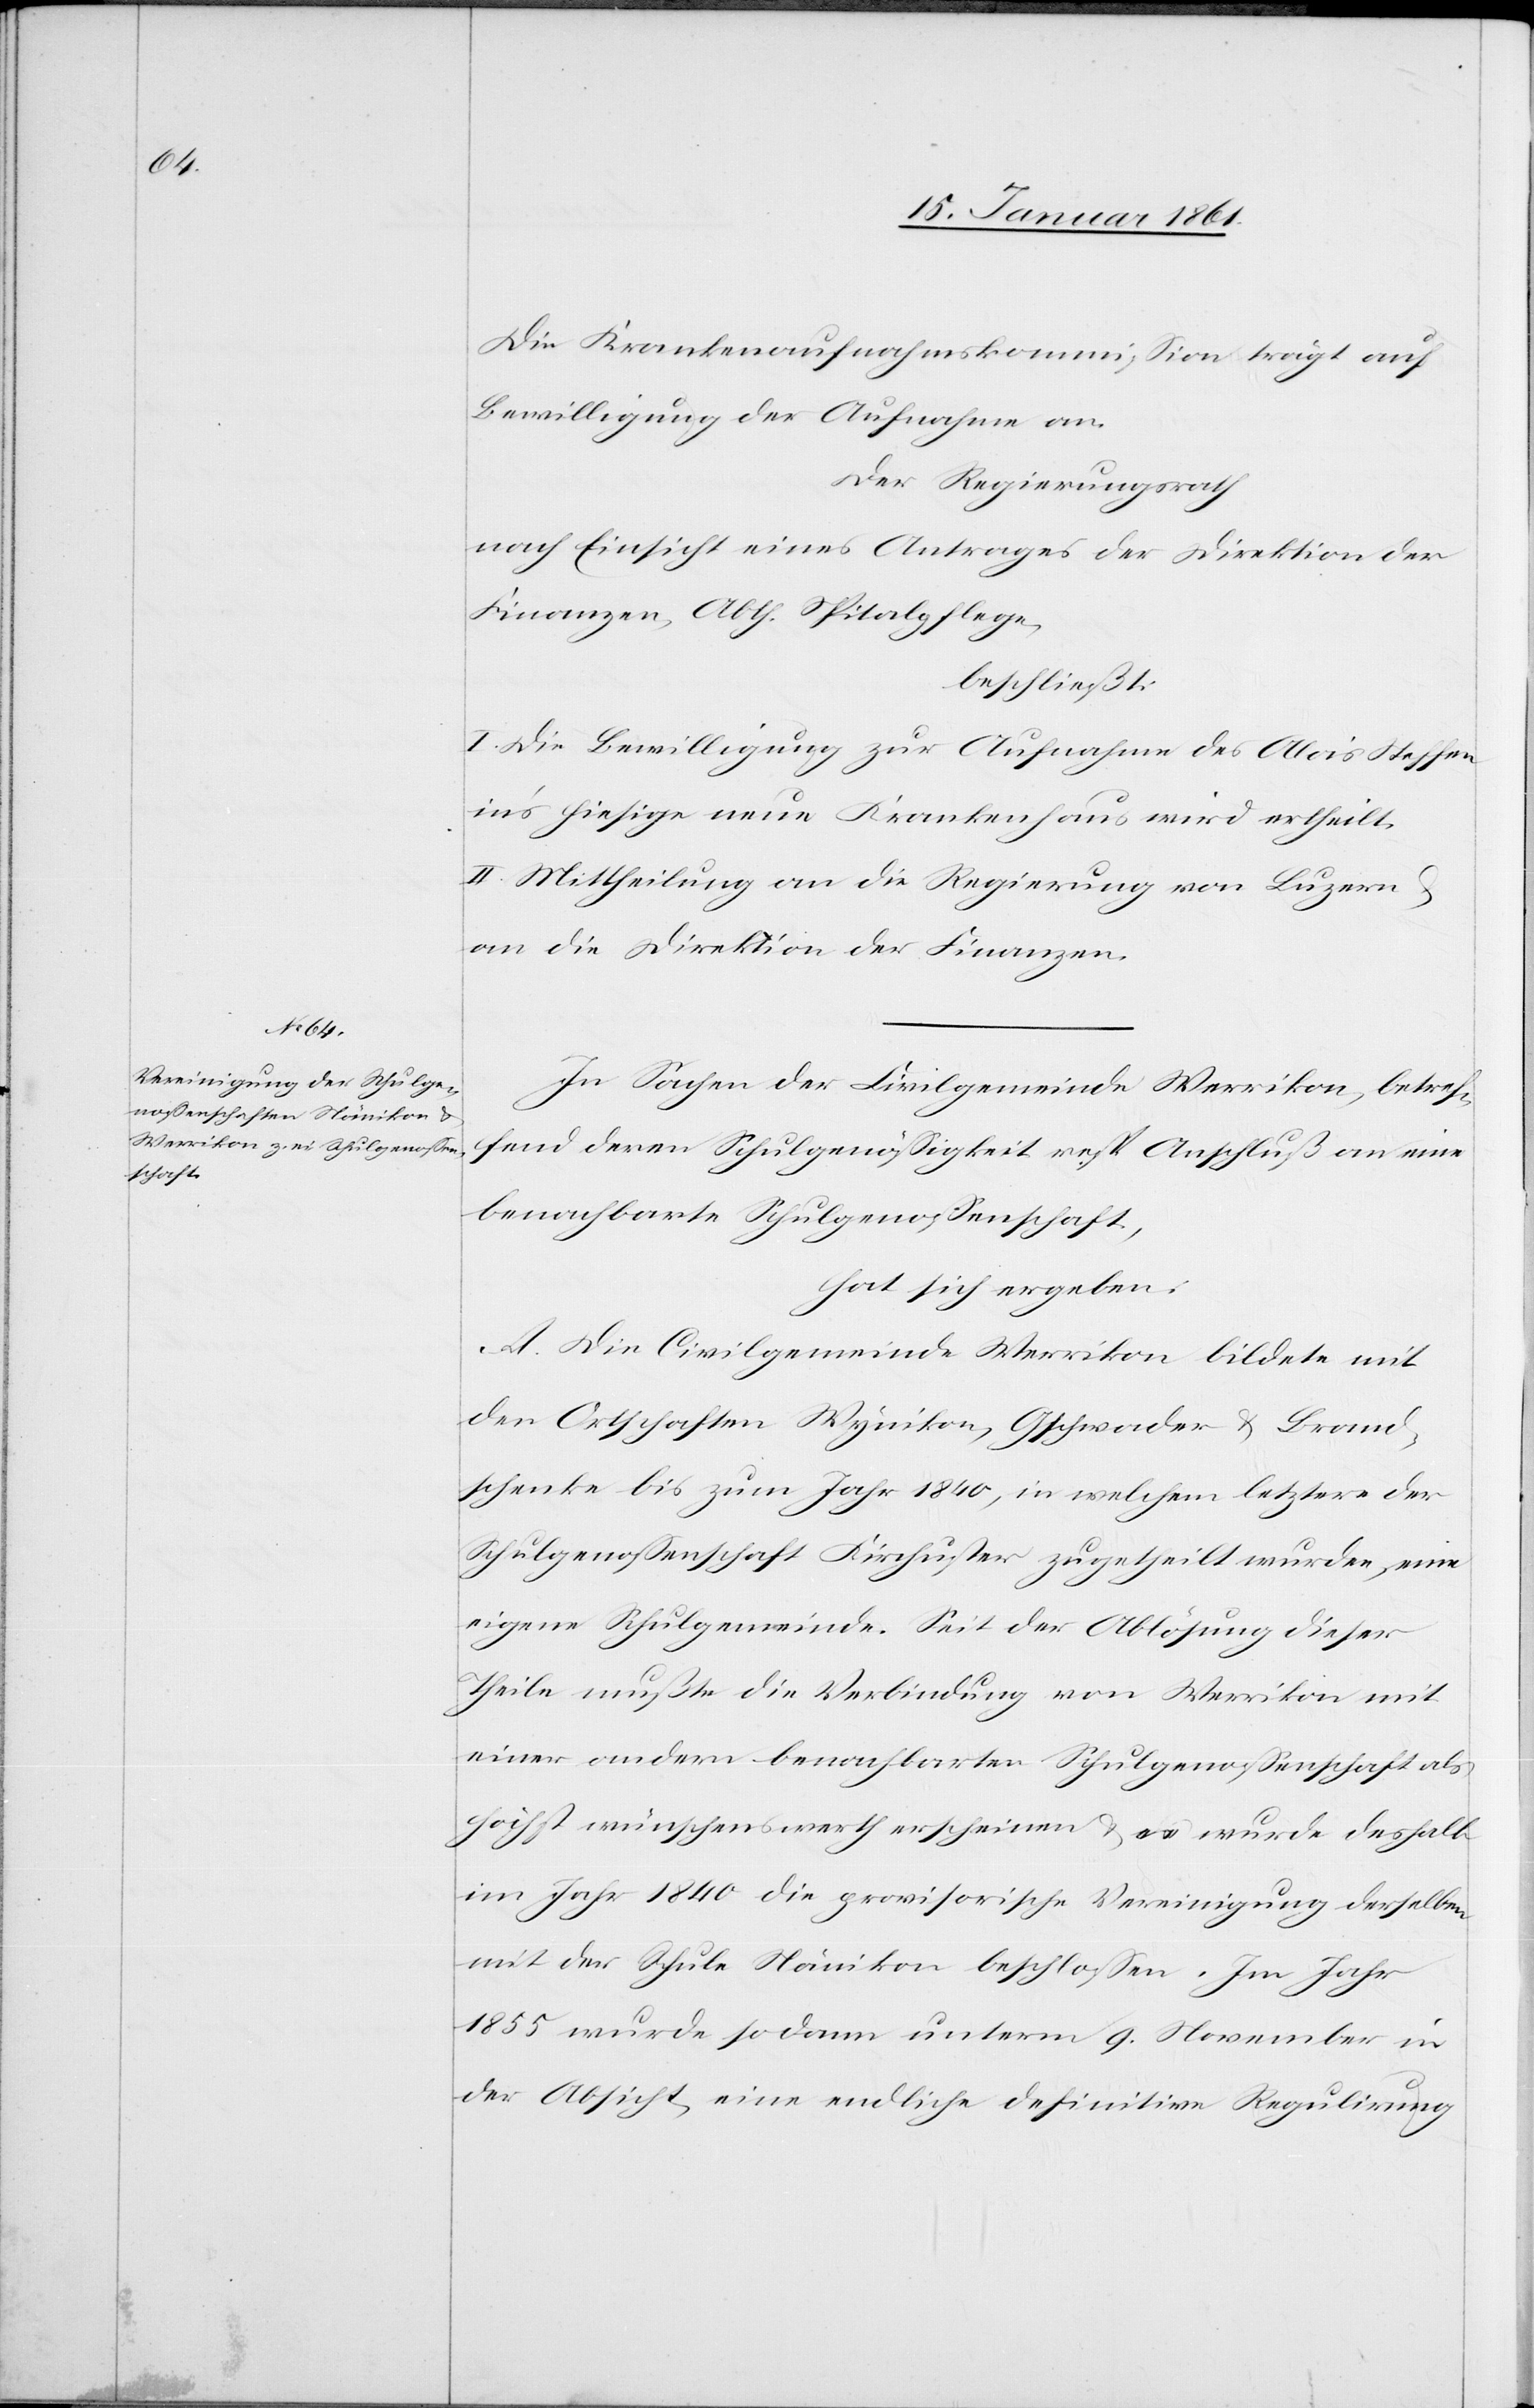
Die Krankenaufnahmskommission trägt auf
Bewilligung der Aufnahme an.
Der Regierungsrath
nach Einsicht eines Antrages der Direktion der
Finanzen, Abth. Spitalpflege,
beschließt:
I. Die Bewilligung zur Aufnahme des Alois Steffen
in’s hiesige neue Krankenhaus wird ertheilt.
II. Mittheilung an die Regierung von Luzern
an die Direktion der Finanzen.
In Sachen der Civilgemeinde Werrikon, betref¬
fend deren Schulgenössigkeit resp. Anschluß an eine
benachbarte Schulgenossenschaft,
hat sich ergeben:
A. Die Civilgemeinde Werrikon bildete mit
den Ortschaften Wynikon, Gschwader u. Brand¬
schenke bis zum Jahr 1840, in welchem letztere der
Schulgenossenschaft Kirchuster zugetheilt wurden, eine
eigene Schulgemeinde. Seit der Ablösung dieser
Theile mußte die Verbindung von Werrikon mit
einer andern benachbarten Schulgenossenschaft als
höchst wünschenswerth erscheinen u. es wurde deshalb
im Jahr 1840 die provisorische Vereinigung derselben
mit der Schule Nänikon beschlossen. Im Jahr
1855 wurde sodann unterm 9. November in
der Absicht eine endliche definitive Regulirung